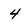
Character: 4